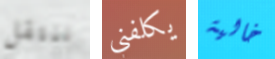
ننتقل يكلفني خالية